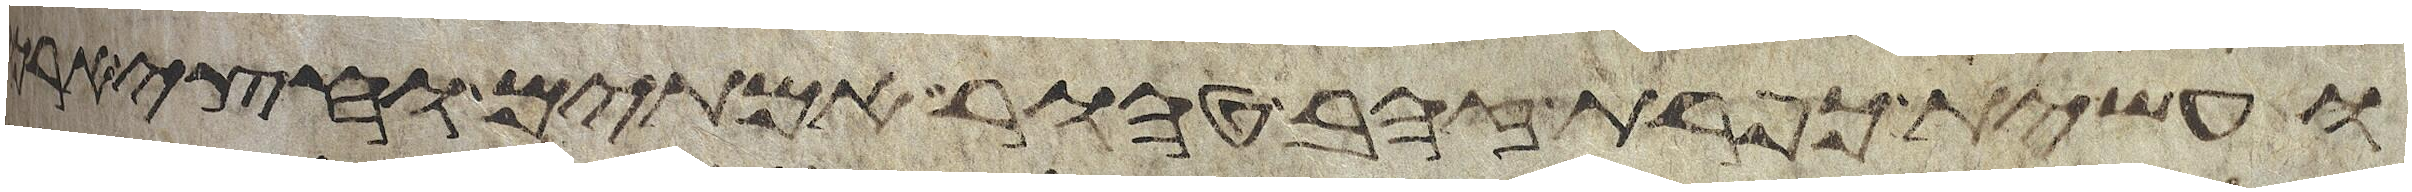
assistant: ועשית כפרת זהב טהור אמתים וחצי